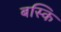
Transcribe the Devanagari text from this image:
बस्कि